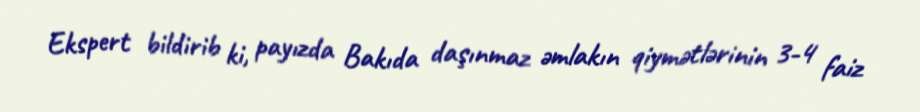
Ekspert bildirib ki, payızda Bakıda daşınmaz əmlakın qiymətlərinin 3-4 faiz